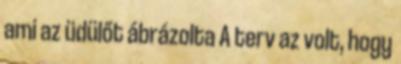
ami az üdülőt ábrázolta A terv az volt, hogy